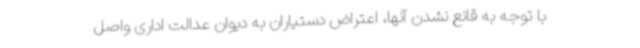
با توجه به قانع نشدن آنها، اعتراض دستیاران به دیوان عدالت اداری واصل